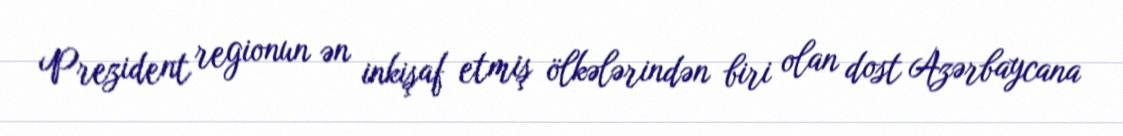
Prezident regionun ən inkişaf etmiş ölkələrindən biri olan dost Azərbaycana